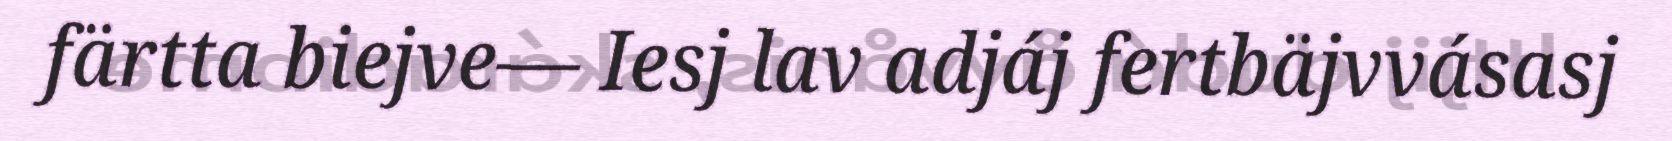
färtta biejve–– Iesj lav adjáj fertbäjvvásasj